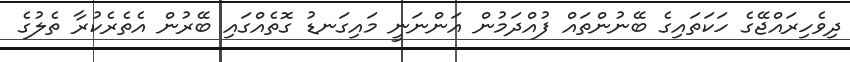
ދިވެހިރައްޖޭގެ ހަކަތައިގެ ބޭނުންތައް ފުއްދަމުން އަންނަނީ މައިގަނޑު ގޮތެއްގައި ބޭރުން އެތެރެކުރާ ތެލުގެ